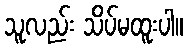
သူလည်း သိပ်မထူးပါ။